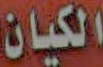
الكيان